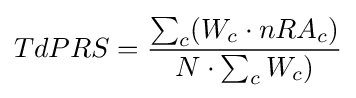
TdPRS={\frac {\sum _{c}(W_{c}\cdot nRA_{c})}{N\cdot \sum _{c}W_{c})}}